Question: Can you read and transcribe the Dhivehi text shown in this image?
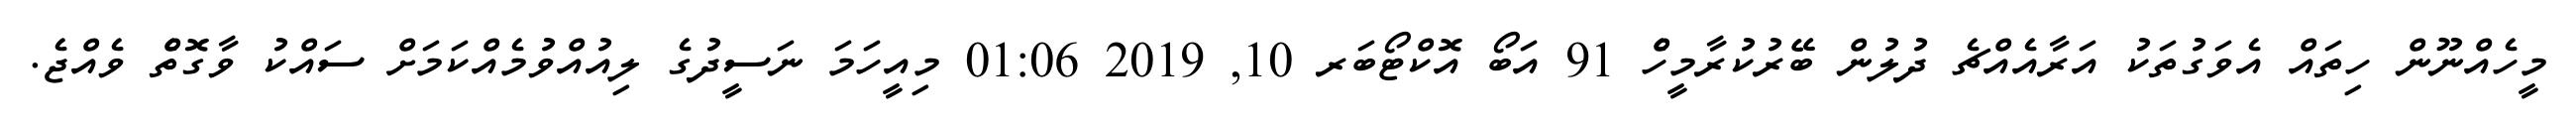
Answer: މީހެއްނޫން ހިތައް އެވަގުތަކު އަރާއެއްޗެ ދުލުން ބޭރުކުރާމީހެް 91 އަބޯ އޮކްޓޯބަރ 10, 2019 01:06 މިއީހަމަ ނަސީދުގެ ލިއުއްވުމެއްކަމަށް ސައްކު ވާގޮތެް ވެއްޖެ.